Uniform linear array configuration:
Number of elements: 12
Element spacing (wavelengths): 0.25
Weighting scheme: uniform
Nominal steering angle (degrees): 30
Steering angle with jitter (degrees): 30.241
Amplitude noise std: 0.05
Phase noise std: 0.05

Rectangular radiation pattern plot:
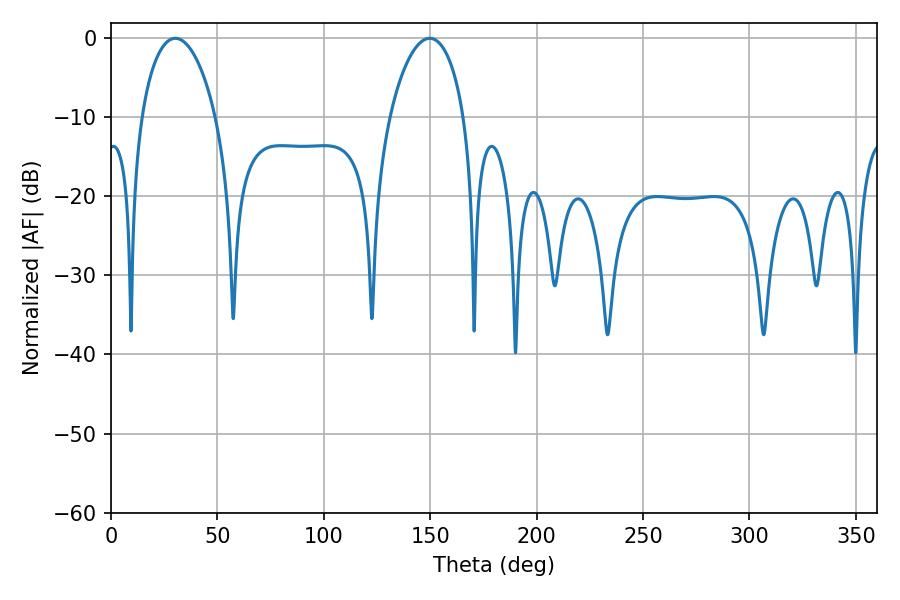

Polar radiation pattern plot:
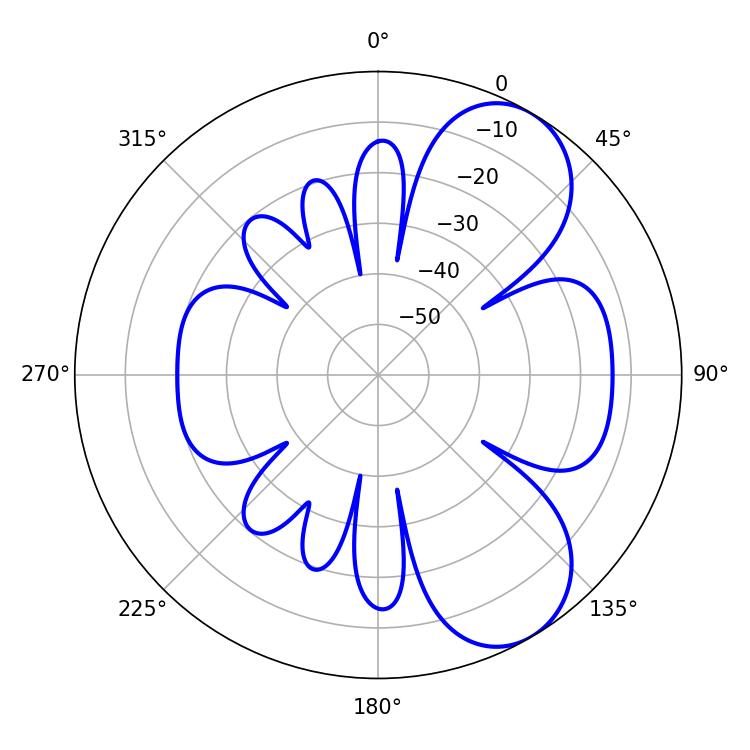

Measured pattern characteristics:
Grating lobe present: FALSE
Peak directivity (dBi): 7.061
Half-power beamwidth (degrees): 19.98
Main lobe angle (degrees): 30.24